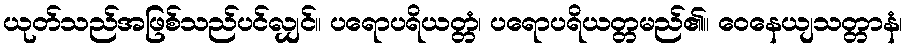
ယုတ်သည်အဖြစ်သည်ပင်လျှင်။ ပရောပရိယတ္တံ၊ ပရောပရိယတ္တမည်၏။ ဝေနေယျသတ္တာနံ၊